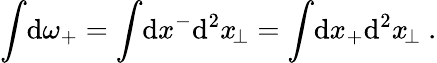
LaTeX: \int\! \mathrm{d}\omega_{+}=\int\! \mathrm{d}x^{-}\mathrm{d}^{2}x_{\! \perp}=\int\! \mathrm{d}x_{+}\mathrm{d}^{2}x_{\! \perp}\ .